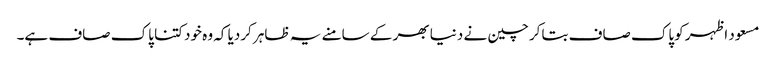
مسعود اظہر کوپاک صاف بتاکر چین نے دنیا بھر کے سامنے یہ ظاہر کردیا کہ وہ خود کتنا پاک صاف ہے۔